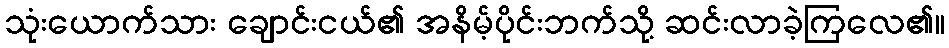
သုံးယောက်သား ချောင်းငယ်၏ အနိမ့်ပိုင်းဘက်သို့ ဆင်းလာခဲ့ကြလေ၏။